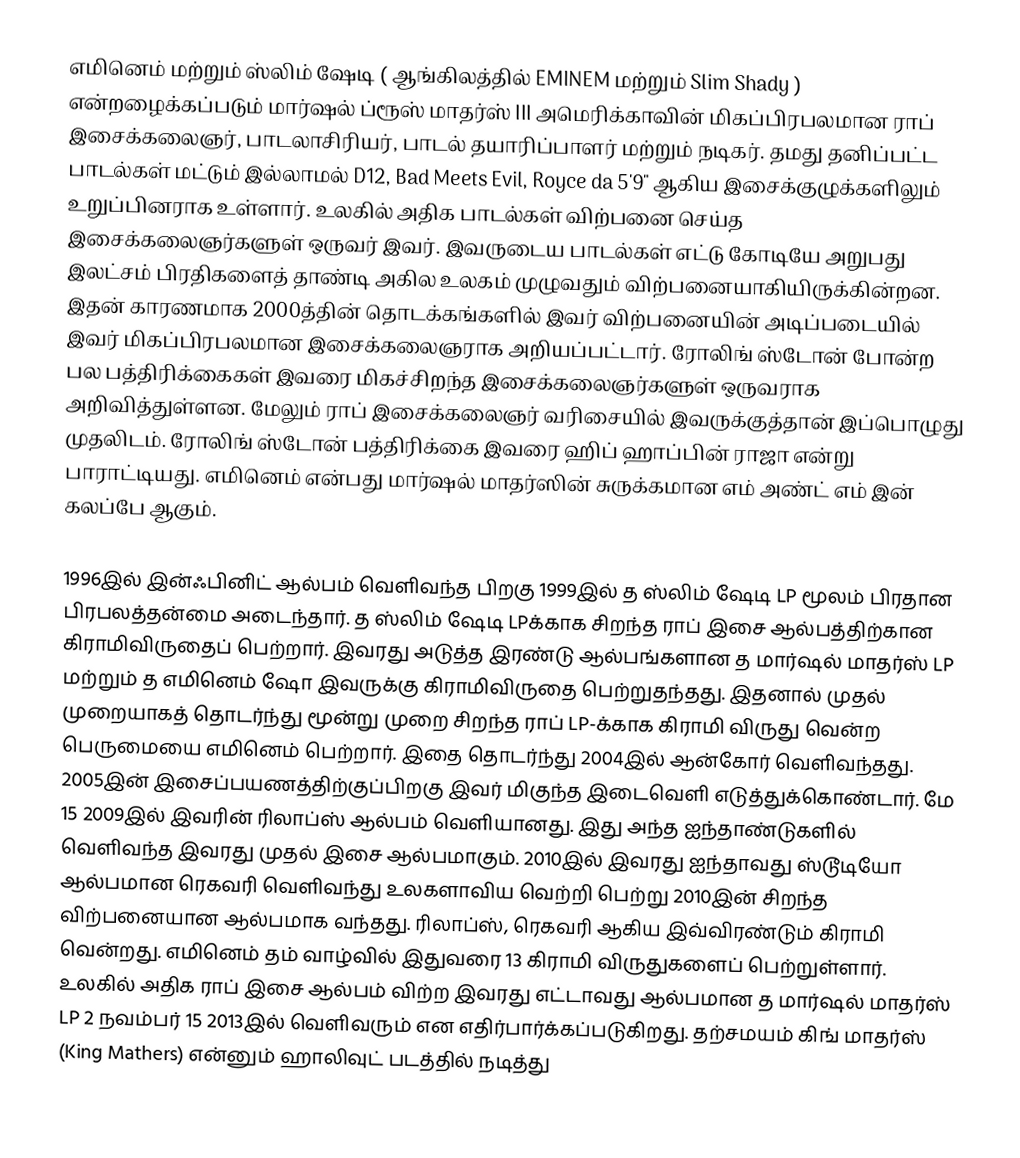
எமினெம் மற்றும் ஸ்லிம் ஷேடி ( ஆங்கிலத்தில் EMINEM மற்றும் Slim Shady ) என்றழைக்கப்படும் மார்ஷல் ப்ரூஸ் மாதர்ஸ் III அமெரிக்காவின் மிகப்பிரபலமான ராப் இசைக்கலைஞர், பாடலாசிரியர், பாடல் தயாரிப்பாளர் மற்றும் நடிகர். தமது தனிப்பட்ட பாடல்கள் மட்டும் இல்லாமல்  D12, Bad Meets Evil, Royce da 5'9" ஆகிய இசைக்குழுக்களிலும் உறுப்பினராக உள்ளார். உலகில் அதிக பாடல்கள் விற்பனை செய்த இசைக்கலைஞர்களுள் ஒருவர் இவர். இவருடைய பாடல்கள் எட்டு கோடியே அறுபது இலட்சம் பிரதிகளைத் தாண்டி அகில உலகம் முழுவதும் விற்பனையாகியிருக்கின்றன. இதன் காரணமாக 2000த்தின் தொடக்கங்களில் இவர் விற்பனையின் அடிப்படையில் இவர் மிகப்பிரபலமான இசைக்கலைஞராக அறியப்பட்டார். ரோலிங் ஸ்டோன் போன்ற பல பத்திரிக்கைகள் இவரை மிகச்சிறந்த இசைக்கலைஞர்களுள் ஒருவராக அறிவித்துள்ளன. மேலும் ராப் இசைக்கலைஞர் வரிசையில் இவருக்குத்தான் இப்பொழுது முதலிடம். ரோலிங் ஸ்டோன் பத்திரிக்கை இவரை ஹிப் ஹாப்பின் ராஜா என்று பாராட்டியது. எமினெம் என்பது மார்ஷல் மாதர்ஸின் சுருக்கமான எம் அண்ட் எம் இன் கலப்பே ஆகும்.

1996இல் இன்ஃபினிட் ஆல்பம் வெளிவந்த பிறகு 1999இல் த ஸ்லிம் ஷேடி LP மூலம் பிரதான பிரபலத்தன்மை அடைந்தார். த ஸ்லிம் ஷேடி LPக்காக சிறந்த ராப் இசை ஆல்பத்திற்கான கிராமிவிருதைப் பெற்றார். இவரது அடுத்த இரண்டு ஆல்பங்களான த மார்ஷல் மாதர்ஸ் LP மற்றும் த எமினெம் ஷோ இவருக்கு கிராமிவிருதை பெற்றுதந்தது. இதனால் முதல் முறையாகத் தொடர்ந்து மூன்று முறை சிறந்த ராப் LP-க்காக கிராமி விருது வென்ற பெருமையை எமினெம் பெற்றார்.  இதை தொடர்ந்து 2004இல் ஆன்கோர் வெளிவந்தது. 2005இன் இசைப்பயணத்திற்குப்பிறகு இவர் மிகுந்த இடைவெளி எடுத்துக்கொண்டார். மே 15 2009இல் இவரின் ரிலாப்ஸ் ஆல்பம் வெளியானது. இது அந்த ஐந்தாண்டுகளில் வெளிவந்த இவரது முதல் இசை ஆல்பமாகும். 2010இல் இவரது ஐந்தாவது ஸ்டூடியோ ஆல்பமான ரெகவரி வெளிவந்து உலகளாவிய வெற்றி பெற்று 2010இன் சிறந்த விற்பனையான ஆல்பமாக வந்தது. ரிலாப்ஸ், ரெகவரி ஆகிய இவ்விரண்டும் கிராமி வென்றது. எமினெம் தம் வாழ்வில் இதுவரை 13 கிராமி விருதுகளைப் பெற்றுள்ளார். உலகில் அதிக ராப் இசை ஆல்பம் விற்ற இவரது எட்டாவது ஆல்பமான த மார்ஷல் மாதர்ஸ் LP 2 நவம்பர் 15 2013இல் வெளிவரும் என எதிர்பார்க்கப்படுகிறது. தற்சமயம் கிங் மாதர்ஸ் (King Mathers) என்னும் ஹாலிவுட் படத்தில் நடித்து